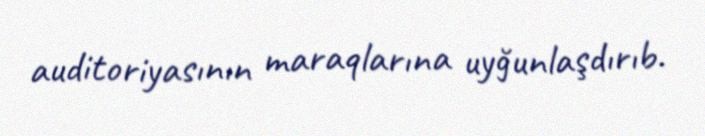
auditoriyasının maraqlarına uyğunlaşdırıb.